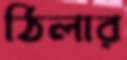
ঠিলার